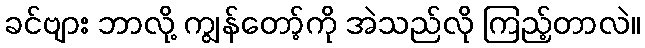
ခင်ဗျား ဘာလို့ ကျွန်တော့်ကို အဲသည်လို ကြည့်တာလဲ။